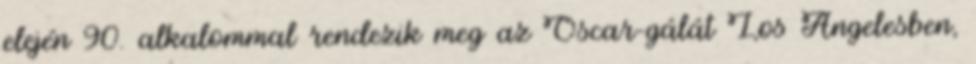
elején 90. alkalommal rendezik meg az Oscar-gálát Los Angelesben,